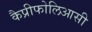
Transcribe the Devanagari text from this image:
कैप्रीफोलिआसी